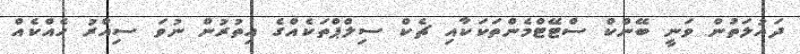
ދައުލަތުން ވަނީ ބޭންކް ސްޓޭޓްމެންތަކަކާއި ޗެކް ސިލްޕްތަކެއްގެ އިތުރުން ނުވަ ސިއްރު ހެއްކެއް